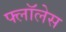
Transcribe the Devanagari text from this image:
फ्लॉलेस